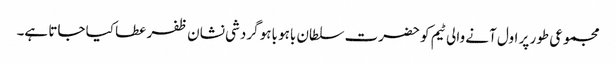
مجموعی طور پر اول آنے والی ٹیم کو حضرت سلطان باہو باہو گردشی نشان ظفر عطا کیا جاتا ہے۔